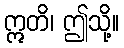
ဣတိ၊ ဤသို့။